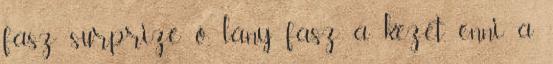
fasz surprize ő, lány fasz a kezét, enni a